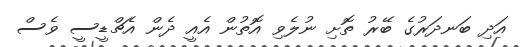
އަދި ބަނދަރުގެ ބޭރު ތޮށި ނުލެވި އޮތުން އެއީ ދެން އެޗްޑީސީ ވެސް